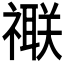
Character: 𥜁